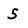
Character: 5